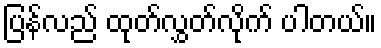
ပြန်လည် ထုတ်လွှတ်လိုက် ပါတယ်။